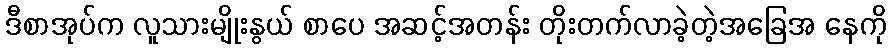
ဒီစာအုပ်က လူသားမျိုးနွယ် စာပေ အဆင့်အတန်း တိုးတက်လာခဲ့တဲ့အခြေအ နေကို